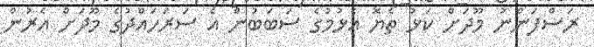
ރަސްފަންނު މޫދަށް ކަޅު ތެޔޮ އެޅުމުގެ ސަބަބުން އެ ސަރަހައްދުގެ މޫދަށް އެރުން